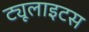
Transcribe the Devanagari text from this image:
ट्यूलाइटस